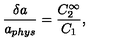
\frac { \delta a } { a _ { p h y s } } = \frac { C _ { 2 } ^ { \infty } } { C _ { 1 } } ,